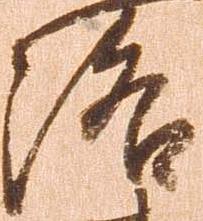
洛